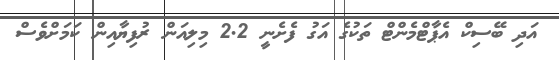
އަދި ބޭސިކް އެޕާޓްމެންޓް ތަކުގެ އަގު ފެށެނީ 2.2 މިލިއަން ރުފިޔާއިން ކަމަށްވެސް